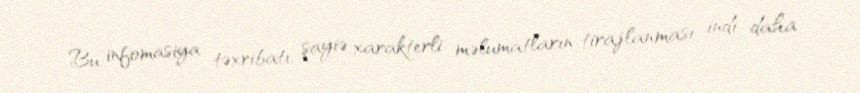
Bu infomasiya təxribatı, şayiə xarakterli məlumatların tirajlanması indi daha